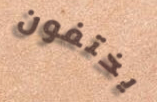
يختفون